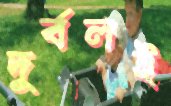
দুর্বলই